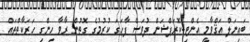
ބައިނަލް އަޤްވާމީ އެންޓި-ކޮރަޕްޝަން ދުވަސް ފާހަގަ ކުރުމުގެ ގޮތުން ރާވާ ހިންގި ހަރަކާތްތައް